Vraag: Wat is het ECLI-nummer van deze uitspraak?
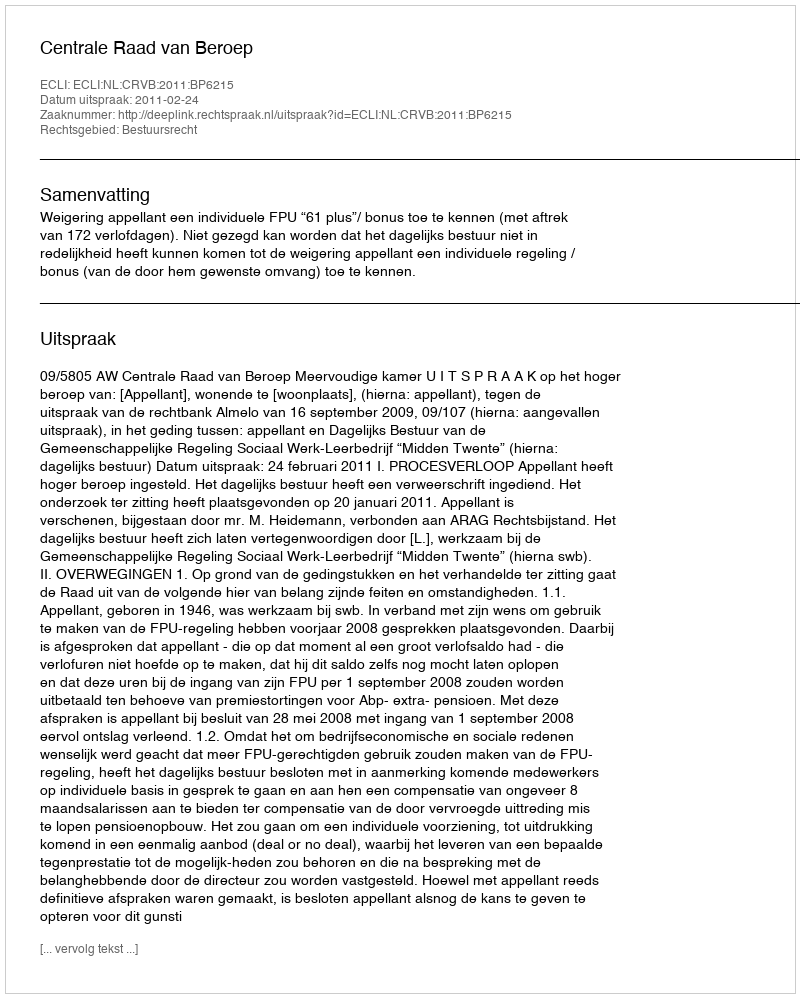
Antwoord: ECLI:NL:CRVB:2011:BP6215